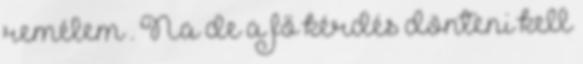
remélem . Na de a fő kérdés dönteni kell